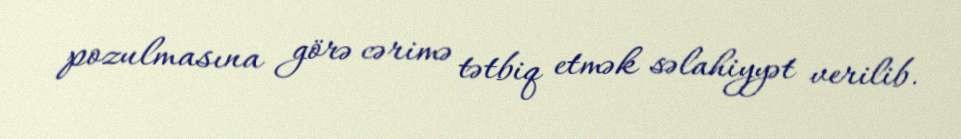
pozulmasına görə cərimə tətbiq etmək səlahiyyət verilib.